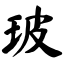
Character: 玻